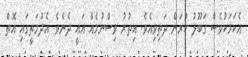
އެކަމަކުވެސް ގަބޫލު ކުރަން ދަތިވިއެވެ. އިތުރު ވިސްނުމެއް އައީ ދެނެވެ. އެދުމަތީގައި އޮތް